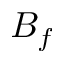
B _ { f }